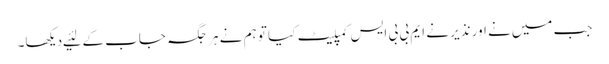
جب میں‌نے اور نذیر نے ایم بی بی ایس کمپلیٹ کیا تو ہم نے ہر جگہ جاب کے لئیے دیکھا۔